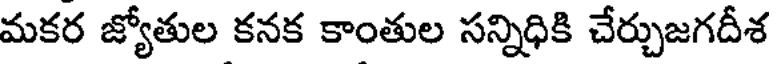
మకర జ్యోతుల కనక కాంతుల సన్నిధికి చేర్చుజగదీశ